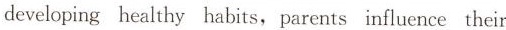
developing healthy habits, parents influence their